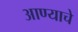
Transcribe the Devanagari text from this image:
आण्याचे